Senior Leaving Certificate Examination (including Day School Certificate (Higher) General paper), 1948
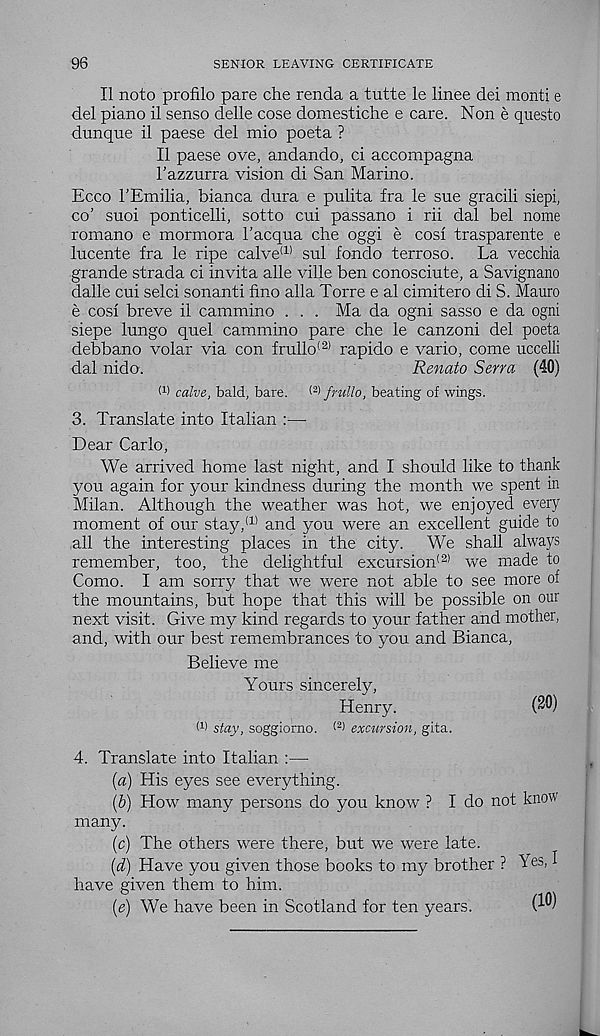
96
SENIOR LEAVING CERTIFICATE
II noto profile pare che renda a tutte le linee del monti e
del piano 11 senso delle cose domestiche e care. Non e questo
dunque 11 paese del mio poeta ?
II paese ove, andando, ci accompagna
I’azzurra vision di San Marino.
Ecco I’Emilia, bianca dura e pulita fra le sue gracili siepi,
co’ suoi ponticelli, sotto cui passano i rii dal bel nome
romano e mormora 1’acqua die oggi e cosi trasparente e
lucente fra le ripe calve (1) sul fondo terroso. La vecchia
grande strada ci invita alle ville ben conosciute, a Savignano
dalle cui selci sonanti fino alia Torre e al cimitero di S. Mauro
e cosi breve il cammino . . . Ma da ogni sasso e da ogni
siepe lungo quel cammino pare che le canzoni del poeta
debbano volar via con frullo (2) rapido e vario, come uccelli
dal nido.
Renato Sena (40)
W calve, bald, bare. < 2 > frullo, beating of wings.
3. Translate into Italian :—
Dear Carlo,
We arrived home last night, and I should like to thank
you again for your kindness during the month we spent in
Milan. Although the weather was hot, we enjoyed every
moment of our stay, (1) and you were an excellent guide to
all the interesting places in the city. We shall always
remember, too, the delightful excursion 121 we made to
Como. I am sorry that we were not able to see more of
the mountains, but hope that this will be possible on our
next visit. Give my kind regards to your father and mother,
and, with our best remembrances to you and Bianca,
Believe me
Yours sincerely,
Henry.
(20)
I 1 ) stay, soggiorno. (2 ) excursion, gita.
4. Translate into Italian :—
{a) His eyes see everything.
(b) How many persons do you know ? I do not know
many.
(c) The others were there, but we were late.
(d) Have you given those books to my brother ? Yes, I
have given them to him.
(e) We have been in Scotland for ten years.